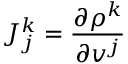
J _ { j } ^ { k } = \frac { \partial \rho ^ { k } } { \partial v ^ { j } }